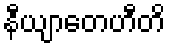
နီယျာတေဟီတိ